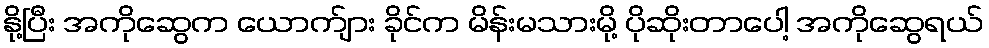
နို့ပြီး အကိုဆွေက ယောက်ျား ခိုင်က မိန်းမသားမို့ ပိုဆိုးတာပေါ့ အကိုဆွေရယ်